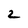
Character: 2